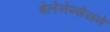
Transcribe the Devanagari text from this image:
बेलेनेन्सेसने